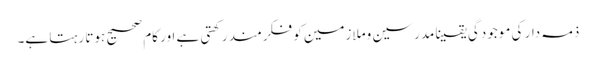
ذمہ دار کی موجودگی یقینا مدرسین وملازمین کو فکرمند رکھتی ہے اور کام صحیح ہوتا رہتا ہے۔